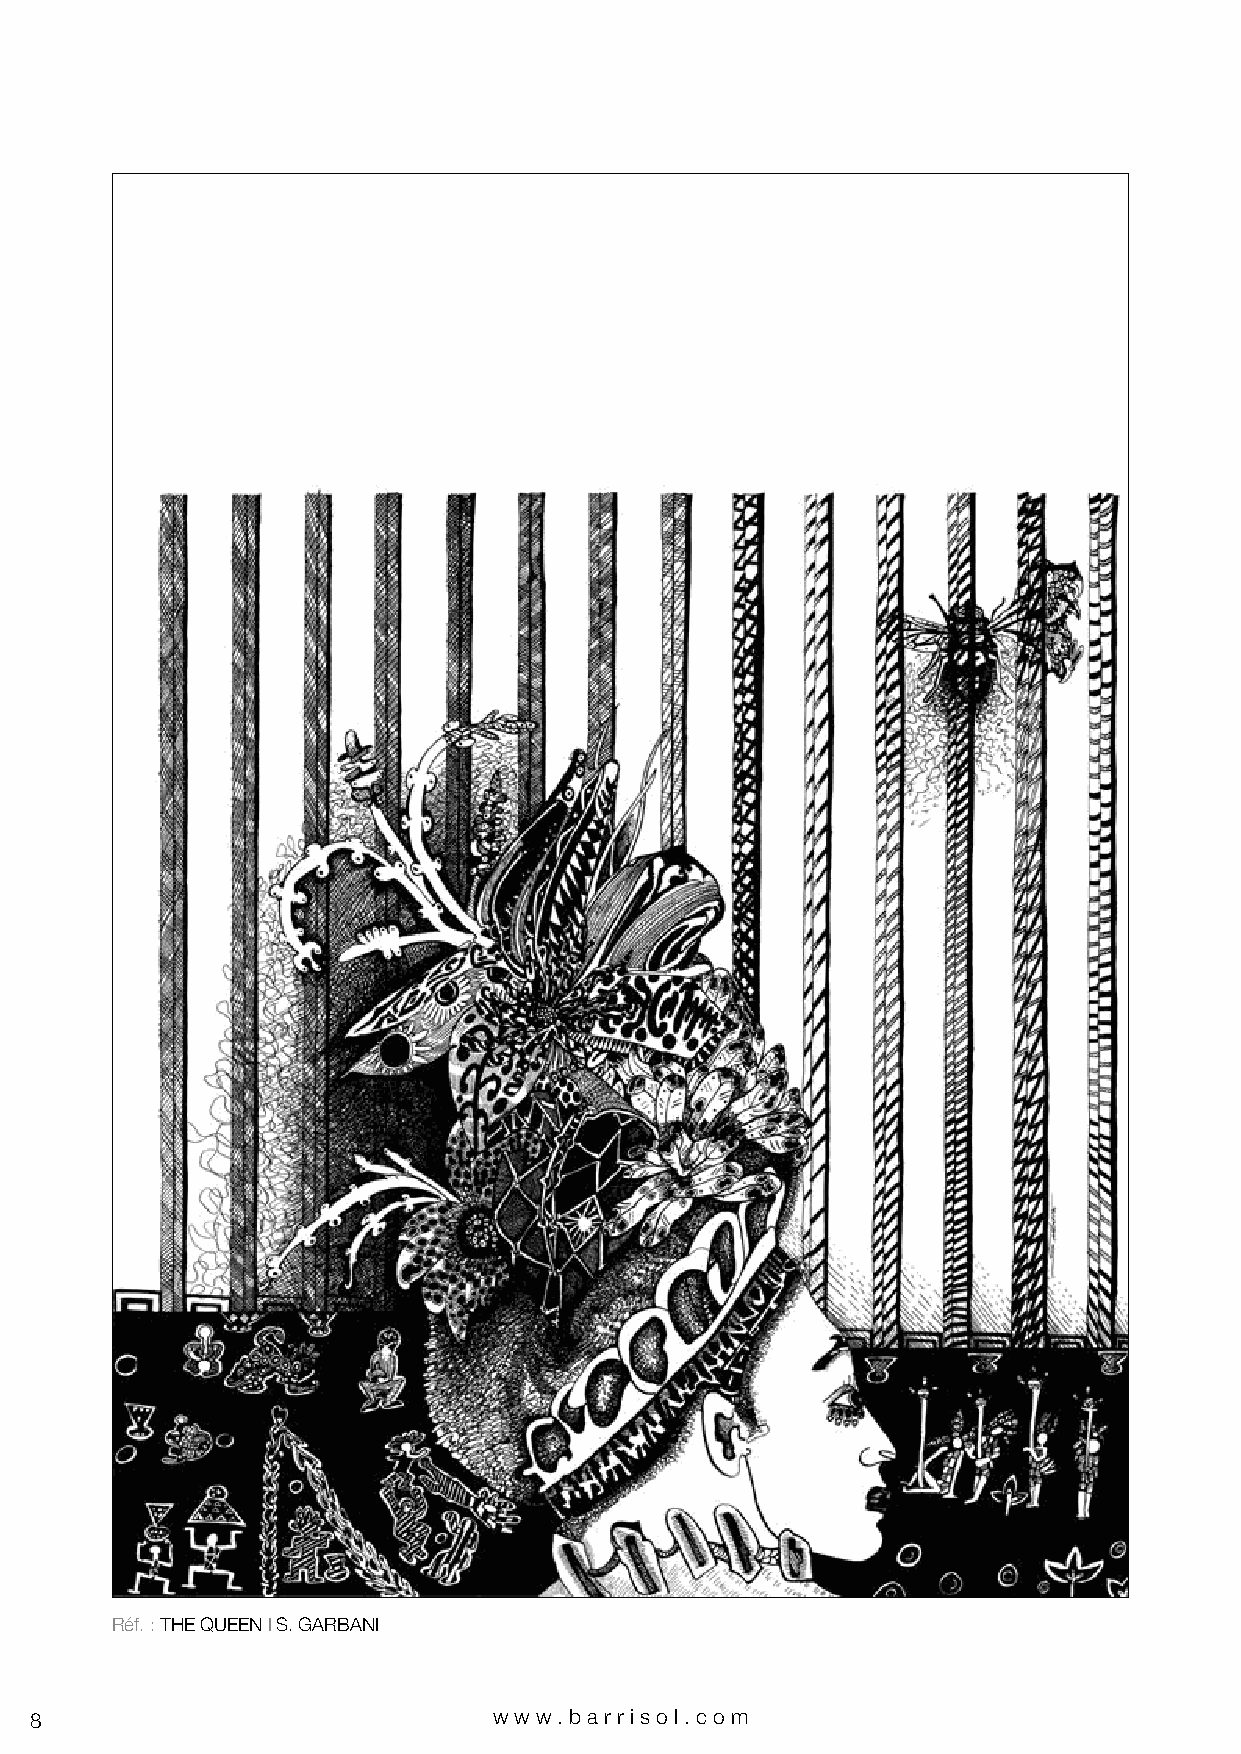
Réf. : THE QUEEN I S. GARBANI
 8                              www.bar riso l. com